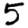
Digit: 5